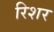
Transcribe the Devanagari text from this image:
रिशर